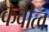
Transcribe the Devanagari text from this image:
कवीत्व